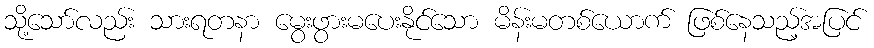
သို့သော်လည်း သားရတနာ မွေးဖွားမပေးနိုင်သော မိန်းမတစ်ယောက် ဖြစ်နေသည့်အပြင်